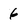
Character: 6